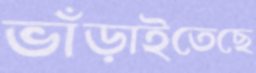
ভাঁড়াইতেছে